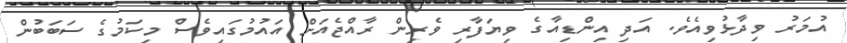
އުމަރު ވިދާޅުވިއެވެ. އަދި އިންޑިއާގެ ވިޔަފާރި ވެރިން ރާއްޖެއަށް އައުމުގައިވެސް މިކަމުގެ ސަބަބުން